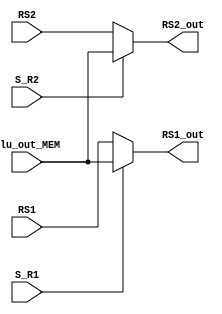
`timescale 1ns / 1ps

module mux_dato(
	input wire [31:0]RS1, RS2, alu_out_MEM,
	input wire S_R1, S_R2,
	output reg [31:0]RS1_out, RS2_out
    );
	
	always @(*) begin
		if(S_R1)
			RS1_out=alu_out_MEM;
		else
			RS1_out=RS1;
		
		if(S_R2)
			RS2_out=alu_out_MEM;
		else
			RS2_out=RS2;
	end

endmodule